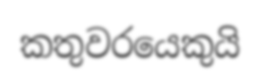
කතුවරයෙකුයි